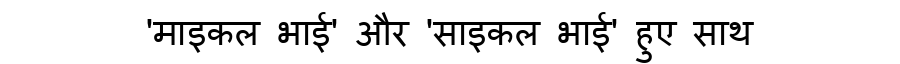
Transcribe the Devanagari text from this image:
'माइकल भाई' और 'साइकल भाई' हुए साथ